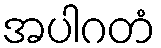
အပါဂတံ